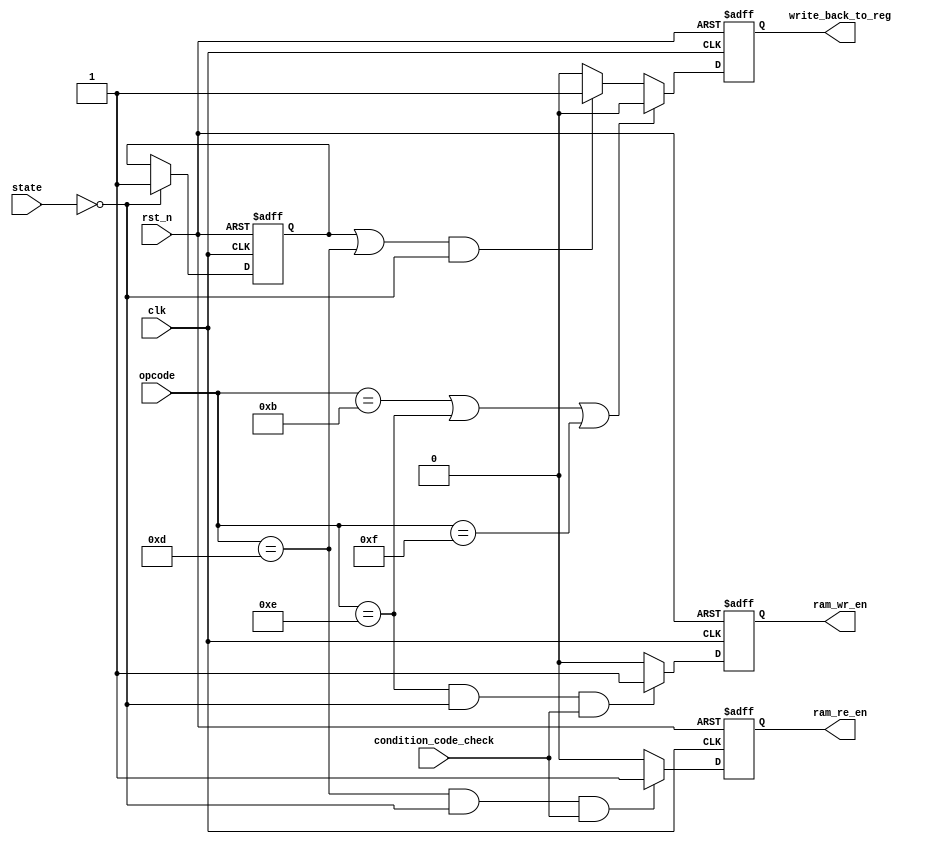
module ram_control #(parameter CALC_VALID_STATE = 0, parameter REG_VALID_STATE = 0) (
 input       clk,
 input       rst_n,
 input [3:0] opcode,
 input [1:0] state,
 input       condition_code_check,
 output      write_back_to_reg,
 output      ram_re_en,
 output      ram_wr_en);

  reg write_back, ctrl_ram_read_en, ctrl_ram_write_en;
  reg alu_result_vld;
  always @(posedge clk or negedge rst_n) begin : ram_control
    if(rst_n == 1'b0) begin
      write_back <= 1'b0;
      ctrl_ram_read_en <= 1'b0;
      ctrl_ram_write_en <= 1'b0;
    end else begin
      //Reg file control
      if((opcode == 4'b1011) || (opcode == 4'b1110) || (opcode == 4'b1111)) begin
      //Don't Write to reg file if is CMP,STR,NOP
        write_back <= 1'b0;
      end else if((alu_result_vld == 1'b1 || opcode == 4'b1101) && ((state == CALC_VALID_STATE))) begin
      //ALU calculated value OR ram was read last state now the value can be stored in to reg_file
        write_back <= 1'b1;
      end else begin
      //Default not writing
        write_back <= 1'b0;
      end
      //Ram control
      if((opcode == 4'b1101) && (state == REG_VALID_STATE) && (condition_code_check == 1'b1)) begin
        //Last state was the state when we loaded regs and we can set read en to store it
        ctrl_ram_read_en <= 1'b1;
      end else begin
        ctrl_ram_read_en <= 1'b0;
      end
      if((opcode == 4'b1110) && (state == REG_VALID_STATE) && (condition_code_check == 1'b1)) begin
        //Last state was the state when we loaded regs and we can now set write en to write to it
        ctrl_ram_write_en <= 1'b1;
      end else begin
        ctrl_ram_write_en <= 1'b0;
      end
   end
  end // block: ram_control

  always @(posedge clk or negedge rst_n) begin : alu_control
    if(rst_n == 1'b0) begin
      alu_result_vld <= 1'b0;
    end else begin
      if (state == REG_VALID_STATE) begin
        //If we get to this state means we can start writing back to reg file
        alu_result_vld <= 1'b1;
      end
    end
  end // block: alu_control

  assign write_back_to_reg = write_back;
  assign ram_re_en = ctrl_ram_read_en;
  assign ram_wr_en = ctrl_ram_write_en;
endmodule